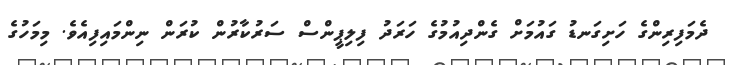
ދެމަފިރިންގެ ހަށިގަނޑު ގައުމަށް ގެންދިއުމުގެ ހަރަދު ފިލިޕީންސް ސަރުކާރުން ކުރަން ނިންމައިފިއެވެ. މިމަހުގެ